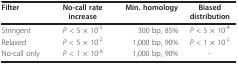
<table><thead><tr><td><b>Filter</b></td><td><b>No-call rateincrease</b></td><td><b>Min. homology</b></td><td><b>Biaseddistribution</b></td></tr></thead><tbody><tr><td>Stringent</td><td><i>P </i>&lt; 5 × 10<sup>-5</sup></td><td>300 bp, 85%</td><td><i>P </i>&lt; 5 × 10<sup>-4</sup></td></tr><tr><td>Relaxed</td><td><i>P </i>&lt; 5 × 10<sup>-2</sup></td><td>1,000 bp, 90%</td><td><i>P </i>&lt; 1 × 10<sup>-2</sup></td></tr><tr><td>No-call only</td><td><i>P </i>&lt; 1 × 10<sup>-8</sup></td><td>1,000 bp, 90%</td><td>-</td></tr></tbody></table>